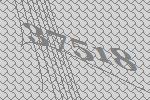
37518